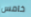
خامس